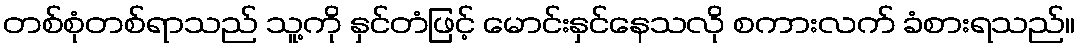
တစ်စုံတစ်ရာသည် သူ့ကို နှင်တံဖြင့် မောင်းနှင်နေသလို စကားလက် ခံစားရသည်။